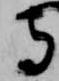
守